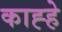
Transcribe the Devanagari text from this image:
काह्हे